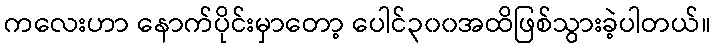
ကလေးဟာ နောက်ပိုင်းမှာတော့ ပေါင်၃၀၀အထိဖြစ်သွားခဲ့ပါတယ်။